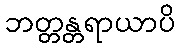
ဘတ္တန္တရာယာပိ